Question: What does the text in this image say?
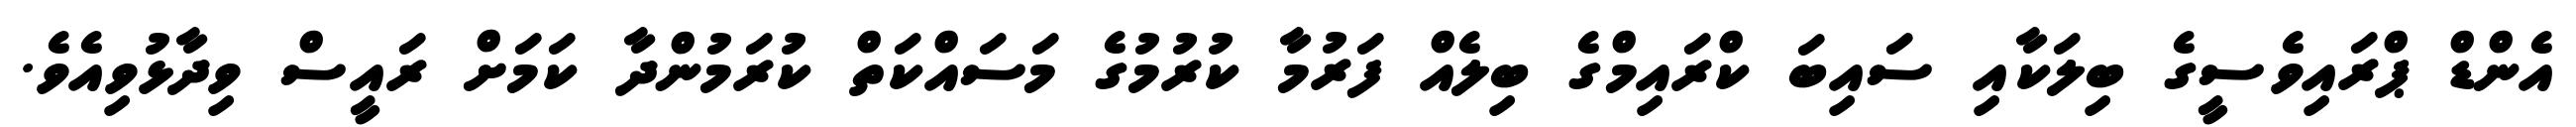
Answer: އެންޑް ޕްރައިވެސީގެ ބިލަކާއި ސައިބަ ކްރައިމްގެ ބިލެއް ފަރުމާ ކުރުމުގެ މަސައްކަތް ކުރަމުންދާ ކަމަށް ރައީސް ވިދާޅުވިއެވެ.